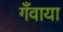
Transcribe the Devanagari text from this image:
गँवाया